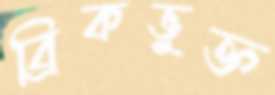
ব্রিকভুক্ত